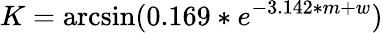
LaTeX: K=\arcsin(0.169*e^{-3.142*m+w})